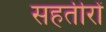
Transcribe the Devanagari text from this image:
सहतीरों